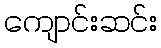
ကျောင်းဆင်း